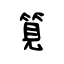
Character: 筧